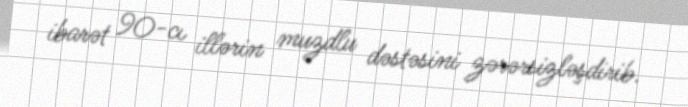
ibarət 90-cı illərin muzdlu dəstəsini zərərsizləşdirib.